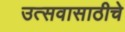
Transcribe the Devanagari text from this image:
उत्सवासाठीचे